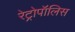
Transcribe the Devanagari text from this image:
रेट्रोपॉलिस